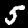
Digit: 5